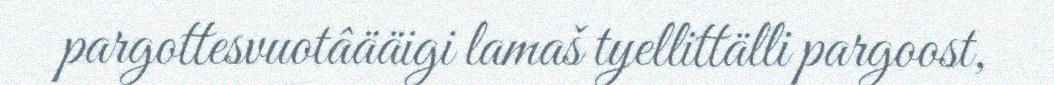
pargottesvuotâääigi lamaš tyellittälli pargoost,